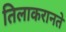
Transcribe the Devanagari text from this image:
तिलाकरानते